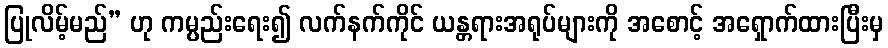
ပြုလိမ့်မည်” ဟု ကမ္ပည်းရေး၍ လက်နက်ကိုင် ယန္တရားအရုပ်များကို အစောင့် အရှောက်ထားပြီးမှ